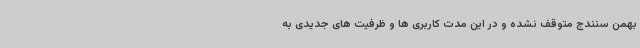
بهمن سنندج متوقف نشده و در این مدت کاربری ها و ظرفیت های جدیدی به